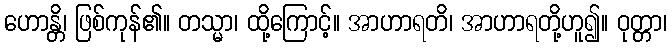
ဟောန္တိ၊ ဖြစ်ကုန်၏။ တသ္မာ၊ ထို့ကြောင့်။ အာဟာရတိ၊ အာဟာရတို့ဟူ၍။ ဝုတ္တာ၊